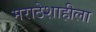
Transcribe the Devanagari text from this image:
मराठेशाहीला